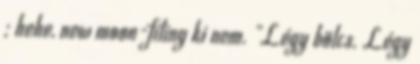
; hehe, new moon-fíling ki nem. "Légy bölcs. Légy